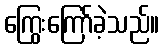
ကြွေးကြော်ခဲ့သည်။